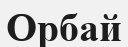
Орбай